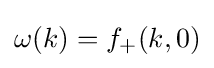
\omega (k)=f_{+}(k,0)